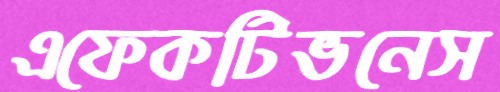
এফেকটিভনেস